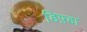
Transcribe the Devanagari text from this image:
डिफ़्डा